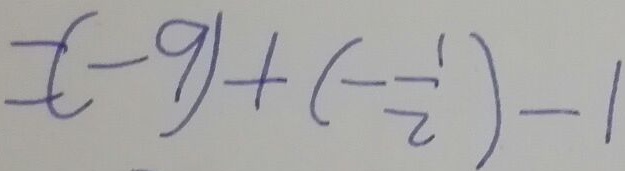
= ( - 9 ) + ( - \frac { 1 } { 2 } ) - 1